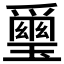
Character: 𱯭